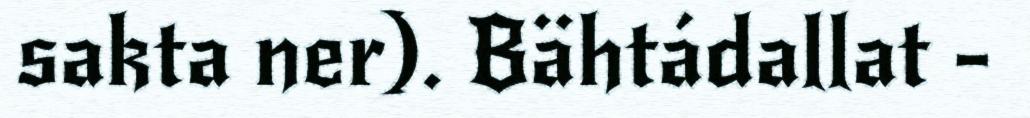
sakta ner). Bähtádallat -